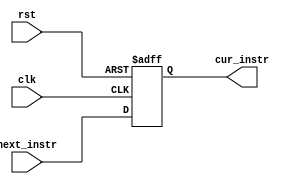
`timescale 1ns / 1ps
// works with bitstream generation but not simulation
module pc(input rst, input clk, input[31:0] next_instr, output reg[31:0] cur_instr);
// simple program counter without jumps (just a 32 bit reg that increments and resets)
    always @(posedge clk, posedge rst) begin
        if (rst) begin
            cur_instr <= 0;
        end
        else begin
            cur_instr <= next_instr;
        end
    end
    
    initial cur_instr = 0;
endmodule

module instr_mem 
        (input[31:0] addr, output reg[31:0] read_data);

    reg [31:0] mem32X32 [31:0];
    
    always @(addr) read_data <= mem32X32[addr];
   
    initial begin
        $display("-------LOADING PROGRAM--------");
        $readmemh("source.mem",mem32X32);
    end
endmodule

// some utilities that will be useful later on
module adder(input [31:0] a, b,
            output [31:0] y);
    assign y = a + b;
endmodule

module sl2(input [31:0] a,
           output [31:0] y);
         // shift left by 2
         
         assign y = {a[29:01], 2'b00}; 
endmodule

module signext(input [15:0] a,
               output [31:0] y);
    assign y = {{16{a[15]}}, a};
endmodule

module flopr #(parameter WIDTH=8)
        (input     clk, reset,
        input      [WIDTH-1:0] d,
        output reg [WIDTH-1:0] q);
    always @ (posedge clk, posedge reset)
        if (reset) q <= 0;
        else       q <= d;
endmodule

module mux2 #(parameter WIDTH=8)
        (input [WIDTH-1:0] d0, d1,
         input s,
         output [WIDTH-1:0] y);
    assign y = s ? d1 : d0;
endmodule

module alu(input [31:0] srca, srcb,
           input [2:0] alucontrol, 
           output reg [31:0] aluout,
           output reg zero);
     always @(*)
     begin
        case(alucontrol)
        3'b010:
            aluout = srca + srcb;
        3'b110:
            aluout = srca - srcb;
        3'b000:
            aluout = srca & srcb;
        3'b001:
            aluout = srca | srcb;
        3'b111:
            if (srca < srcb) aluout <= 1;
            else aluout <= 0;
        default: aluout = srca + srcb;
     endcase
  
           
     if (aluout == 0) zero = 0;
     else             zero = 1;
end
endmodule           

module data_mem(input clk, WE,
            input [31:0] WD, A,
            output [31:0] RD);
    reg [31:0] RAM[63:0];
    
    assign RD = RAM[A[31:2]]; // word aligned
    
    always @ (posedge clk)
        if (WE) RAM[A[31:2]] <= WD;
endmodule 
             

module regfile(
            input clk,
            input WE3,
            input [4:0] RA1, RA2, WA3,
            input [31:0] WD3,
            output [31:0] RD1, RD2);
             
    reg [31:0] RF[31:0];
    
    // three ported register file
    // read two ports combinationally
    // write third port on rising edge of clock
    // register 0 hardwired to 0
    
    always @(posedge clk)
        if (WE3) RF[WA3] <= WD3;
    
    assign RD1 = (RA1 != 0) ? RF[RA1] : 0;
    assign RD2 = (RA2 != 0) ? RF[RA2] : 0; 
endmodule

module maindec(
        input [5:0] opcode,
        output [1:0] ALUop,
        output branch, mem_write, mem2reg, ALUsrc, reg_dst, reg_write, jump);
        
    reg [8:0] controls;                                                                                             
        
    assign {reg_write, reg_dst, ALUsrc, branch,
           mem_write, mem2reg, jump, ALUop} = controls;                                                                                                                                              
     
    always @(*)
           case (opcode)                                                                                                       
            6'b000000: controls <= 9'b110000010; //R-type                                                                 
            6'b100011: controls <= 9'b101001000; //lw                                                                       
            6'b101011: controls <= 9'b001010000; //sw                                                                     
            6'b000100: controls <= 9'b000100001; //beq                                                                      
            6'b001000: controls <= 9'b101000000; //addi
            6'b000010: controls <= 9'b000000100; //J-type
            default: controls <= 9'bxxxxxxxxx;                                                                          
           endcase
       
endmodule

module controller(input [5:0] op, funct,
                  input     zero,
                  output    memtoreg, memwrite,
                  output    pcsrc, alusrc,
                  output    regdst, regwrite,
                  output    jump,
                  output    [2:0] alucontrol);

    wire [1:0] aluop;
    wire       branch;

    maindec md(op, aluop, branch, memwrite, memtoreg,
           alusrc, regdst, regwrite, jump);                    
    aludec ad(funct, aluop, alucontrol);

    assign pcsrc = branch && zero;
endmodule

module aludec(input     [5:0] funct,
              input     [1:0] aluop,
              output reg [2:0] alucontrol);
              
always @(*)
    case(aluop)
      2'b00: alucontrol <= 3'b010; // add
      2'b01: alucontrol <= 3'b110; // subtract
      default: case(funct)
        6'b100000: alucontrol <= 3'b010; // ADD
        6'b100010: alucontrol <= 3'b110; // SUB
        6'b100100: alucontrol <= 3'b000; // AND
        6'b100101: alucontrol <= 3'b001; // OR
        6'b101010: alucontrol <= 3'b111; // SLT
        default:   alucontrol <= 3'bxxx; // ???
      endcase
    endcase      
endmodule              

module datapath (input clk, reset,
                 input memtoreg, pcsrc,
                 input alusrc, regdst,
                 input regwrite, jump,
                 input [2:0] alucontrol,
                 output zero,
                 output [31:0] pc,
                 input [31:0] instr,
                 output [31:0] aluout, writedata,
                 input [31:0] readdata);

    wire [4:0] writereg;
    wire [31:0] pcnext, pcnextbr, pcplus4, pcbranch;
    wire [31:0] signimm, signimmsh;
    wire [31:0] srca, srcb;
    wire [31:0] result;

    // next PC logic
    flopr #(32) pcreg(clk, reset, pcnext, pc);
    adder pcadd1 (pc, 32'b100, pcplus4);
    
    sl2 immsh(signimm, signimmsh);
    adder pcadd2(pcplus4, signimmsh, pcbranch);
    mux2 #(32) pcbrmux(pcplus4, pcbranch, pcsrc,
                       pcnextbr);
    mux2 #(32) pcmux(pcnextbr, {pcplus4[31:28],
                       instr[25:0], 2'b00}, jump, pcnext);

    // register file logic
    regfile rf(clk, regwrite, instr[25:21],
            instr[20:16], writereg, result, srca, writedata);
    mux2 #(5) wrmux(instr[20:16], instr[15:11],
            regdst, writereg);
    mux2 #(32) resmux(aluout, readdata,
            memtoreg, result);
    signext se(instr[15:0], signimm);

    // ALU logic
    mux2 #(32) srcbmux(writedata, signimm, alusrc, srcb);
    alu alu(srca, srcb, alucontrol, aluout, zero);

endmodule

module mips(input       clk, reset,
            output [31:0]   pc,
            input  [31:0]   instr,
            output          memwrite,
            output [31:0]   aluout, writedata,
            input [31:0]    readdata);
    
    wire    memtoreg, branch,
            alusrc, regdst, regwrite, jump;
    wire [2:0]  alucontrol;
    
    controller c(instr[31:26], instr[5:0], zero, memtoreg, memwrite,
                 pcsrc, alusrc, regdst, regwrite, jump, alucontrol);
                 
    datapath dp(clk, reset, memtoreg, pcsrc, alusrc, regdst, regwrite, jump,
                 alucontrol, zero, pc, instr, aluout, writedata, readdata);
endmodule

module dmem (input clk, we,
            input [31:0] a, wd,
            output [31:0] rd);
    reg [31:0] RAM[63:0];
    assign rd = RAM[a[31:2]]; // word aligned

    always @ (posedge clk)
    if (we)
        RAM[a[31:2]] <= wd;
endmodule

module imem (input [5:0] a,
             output [31:0] rd);
    reg [31:0] RAM[63:0];
    initial
        begin
            $readmemh ("source.mem",RAM);
        end
    assign rd = RAM[a]; // word aligned
endmodule

module top (input clk, reset,
            output memwrite);
    
    wire [31:0] writedata;
    wire [31:0] dataadr;
            
    reg div_clk = 0;
    reg [27:0] count_reg = 0;
    
    // controls clock frequency - default is 100MHz, below 1 Hz
    
    always @(posedge clk) 
    begin
        if (count_reg < 50000000) begin
            count_reg <= count_reg + 1;
        end
        else 
        begin
            count_reg <= 0;
            div_clk <= ~div_clk;
        end
    end 
            
    wire [31:0] pc, instr, readdata;
   
    // instantiate processor and memories
    mips mips (div_clk, reset, pc, instr, memwrite, dataadr,
            writedata, readdata);
    imem imem (pc[7:2], instr);
    dmem dmem (div_clk, memwrite, dataadr, writedata,
            readdata);
endmodule